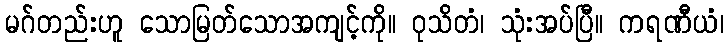
မဂ်တည်းဟူ သောမြတ်သောအကျင့်ကို။ ဝုသိတံ၊ သုံးအပ်ပြီ။ ကရဏီယံ၊